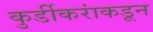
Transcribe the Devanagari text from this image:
कुर्डीकरांकडून